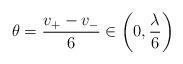
LaTeX: \begin{align*}\theta = \frac{v_{+}-v_{-}}{6} \in \left(0, \frac{\lambda}{6} \right)\end{align*}